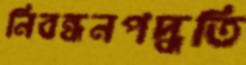
নিবন্ধনপদ্ধতি